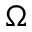
\Omega